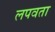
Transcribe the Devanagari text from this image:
लपवता